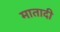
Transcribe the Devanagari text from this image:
मातादी